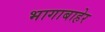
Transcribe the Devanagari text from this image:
भागाबाहेर